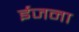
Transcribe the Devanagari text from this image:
ईजना